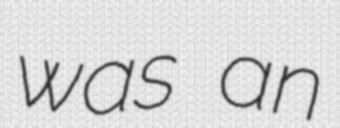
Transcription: was an